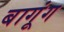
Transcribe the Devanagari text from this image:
बागूंग